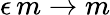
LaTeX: \epsilon\, m\rightarrow m